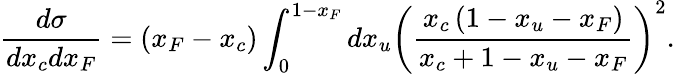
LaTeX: \frac{d\sigma}{dx_{c}dx_{F}}=\left(x_{F}-x_{c}\right)\int_{0}^{1-x_{F}}dx_{u}\left(\frac{x_{c}\left(1-x_{u}-x_{F}\right)}{x_{c}+1-x_{u}-x_{F}}\right)^{2}.